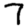
Digit: 7